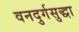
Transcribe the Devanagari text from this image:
वनदुर्गसुद्धा